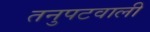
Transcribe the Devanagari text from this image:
तनुपटवाली